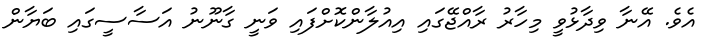
އެވެ. އޭނާ ވިދާޅުވީ މިހާރު ރާއްޖޭގައި އިއުލާންކޮށްފައި ވަނީ ގާނޫނު އަސާސީގައި ބަޔާން